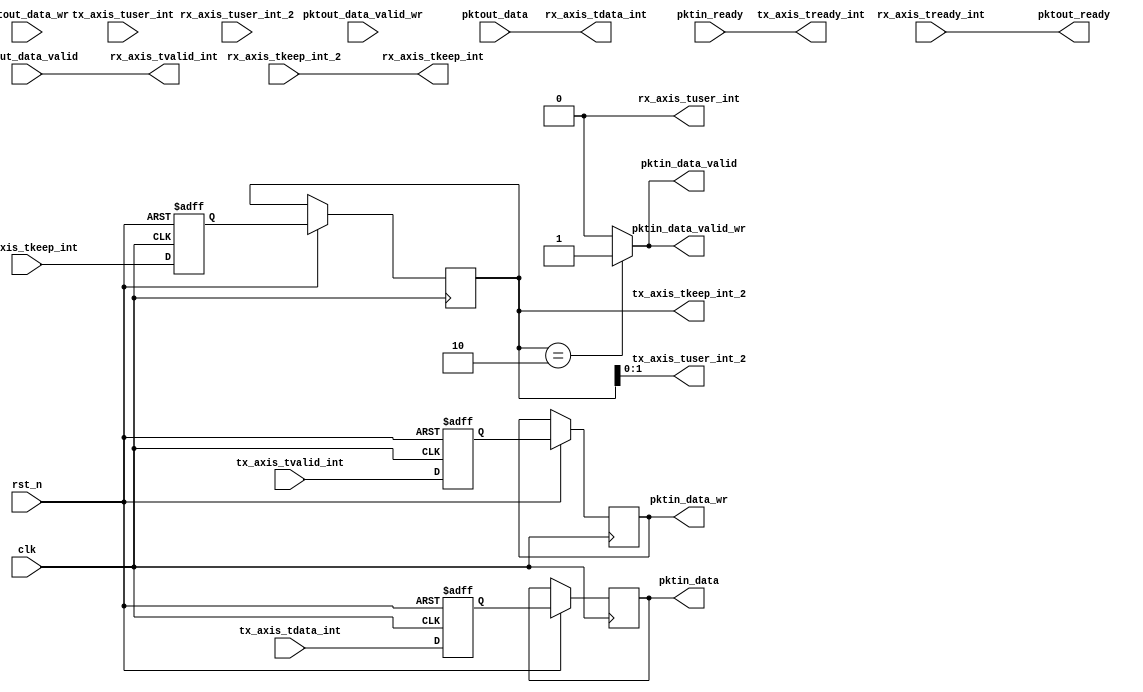
module ds_wrapper #(
    parameter PLATFORM = "Xilinx"
)(
    input  wire clk,
    input  wire rst_n,

    //TX side write signals
    input  wire [255:0] tx_axis_tdata_int,
    input  wire [31:0]  tx_axis_tkeep_int,
    input  wire         tx_axis_tvalid_int,
    output wire         tx_axis_tready_int,
    input  wire         tx_axis_tuser_int,


    //fast side write signals
    output wire [255:0] pktin_data,
    output wire         pktin_data_wr,
    output wire         pktin_data_valid,
    output wire [31:0]  tx_axis_tkeep_int_2,
    output wire [1:0]   tx_axis_tuser_int_2,
    output wire         pktin_data_valid_wr,

    input  wire         pktin_ready,


    //RX side read signals
    output wire [255:0] rx_axis_tdata_int,
    output wire [31:0]  rx_axis_tkeep_int,
    output wire         rx_axis_tvalid_int,
    input  wire         rx_axis_tready_int,
    output wire         rx_axis_tuser_int,

    //fast side read signals
    input  wire [255:0] pktout_data,
    input  wire         pktout_data_wr,
    input  wire         pktout_data_valid,
    input  wire         pktout_data_valid_wr,
    input  wire [31:0]  rx_axis_tkeep_int_2,
    input  wire [1:0]   rx_axis_tuser_int_2,
    output wire         pktout_ready
);

//intermidiate variables
//1st delay signals;
reg [255:0] pktin_data_reg;
reg         pktin_data_wr_reg;
reg         pktin_data_valid_reg;
reg [31:0]  tx_axis_tkeep_int_2_reg;
reg [1:0]   tx_axis_tuser_int_2_reg;
reg         pktin_data_valid_wr_reg;

//2nd delay singals;
reg [255:0] pktin_data_reg_dly;
reg         pktin_data_wr_reg_dly;
reg         pktin_data_valid_reg_dly;
reg [31:0]  tx_axis_tkeep_int_2_reg_dly;
reg [1:0]   tx_axis_tuser_int_2_reg_dly;
reg         pktin_data_valid_wr_reg_dly;

//make the delay signals work
always @(posedge clk or negedge rst_n) begin
    if (rst_n == 1'b0) begin
        pktin_data_reg <= 256'b0;
        pktin_data_wr_reg <= 1'b0;
        pktin_data_valid_reg <= 1'b0;
        tx_axis_tkeep_int_2_reg <= 32'b0;
        tx_axis_tuser_int_2_reg <= 1'b0;
        pktin_data_valid_wr_reg <= 1'b0;
    end

    else begin
        //1st round delay feeds
        pktin_data_reg <= tx_axis_tdata_int;
        pktin_data_wr_reg <= tx_axis_tvalid_int;
        pktin_data_valid_reg <= tx_axis_tvalid_int;
        tx_axis_tkeep_int_2_reg <= tx_axis_tkeep_int;
        //tx_axis_tuser_int_2_reg <= tx_axis_tuser_int;
        pktin_data_valid_wr_reg <= tx_axis_tvalid_int;

        //2nd round delay feeds
        pktin_data_reg_dly <= pktin_data_reg;
        pktin_data_wr_reg_dly <= pktin_data_wr_reg;
        pktin_data_valid_reg_dly <= pktin_data_valid_reg;
        tx_axis_tkeep_int_2_reg_dly <= tx_axis_tkeep_int_2_reg;
        //tx_axis_tuser_int_2_reg_dly <= tx_axis_tuser_int_2_reg;
        pktin_data_valid_wr_reg_dly <= pktin_data_valid_wr_reg;
    end
end

//RX path
assign rx_axis_tdata_int = pktout_data;
assign rx_axis_tkeep_int = rx_axis_tkeep_int_2;
//change the tuser back to orignal corundum design to assure DMA works correctly.
assign rx_axis_tuser_int = 1'b0;
assign rx_axis_tvalid_int = pktout_data_valid;
assign pktout_ready = rx_axis_tready_int;

//TX path
assign pktin_data = pktin_data_reg_dly;
assign pktin_data_wr = pktin_data_wr_reg_dly;
//TODO some tricks going to play on tx_axis_tuser_int;
assign tx_axis_tuser_int_2 = tx_axis_tkeep_int_2_reg_dly;
assign tx_axis_tkeep_int_2 = tx_axis_tkeep_int_2_reg_dly;
assign tx_axis_tready_int = pktin_ready;

//make sure valid and valid_wr only active at the frame tail.
always @* begin
    pktin_data_valid_wr = (tx_axis_tkeep_int_2_reg_dly == 2'b10)? 1'b1:1'b0;
    pktin_data_valid = (tx_axis_tkeep_int_2_reg_dly == 2'b10)? 1'b1:1'b0;
end

always @(posedge clk or negedge rst_n) begin
    //change the tx_axis_tuser value
    if(rst_n == 1'b0) begin
        tx_axis_tuser_int_reg <= 2'b0;
        tx_axis_tuser_int_reg_dly <= 2'b0;
    end

    //frame head
    else if(tx_axis_tvalid_int == 1'b1 && pktin_data_valid_reg == 1'b0) begin
        tx_axis_tuser_int_2_reg_dly <= 2'b01;
    end
    //frame body
    else if(tx_axis_tvalid_int == 1'b1 && pktin_data_valid_reg == 1'b1) begin
        tx_axis_tuser_int_2_reg_dly <= 2'b11;
    end
    //frame tail
    else if(tx_axis_tvalid_int == 1'b0 && pktin_data_valid_reg == 1'b1) begin
        tx_axis_tuser_int_2_reg_dly <= 2'b10;
    end
    //empty
    else begin
        tx_axis_tuser_int_2_reg_dly <= 2'b00;
    end
end


endmodule